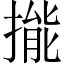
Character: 㨢